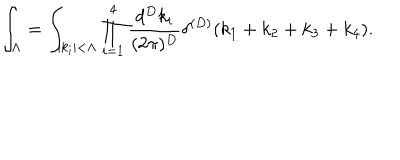
\int _ { \Lambda } = \int _ { | k _ { i } | < \Lambda } \prod _ { i = 1 } ^ { 4 } \frac { d ^ { D } k _ { i } } { ( 2 \pi ) ^ { D } } \delta ^ { ( D ) } ( k _ { 1 } + k _ { 2 } + k _ { 3 } + k _ { 4 } ) .